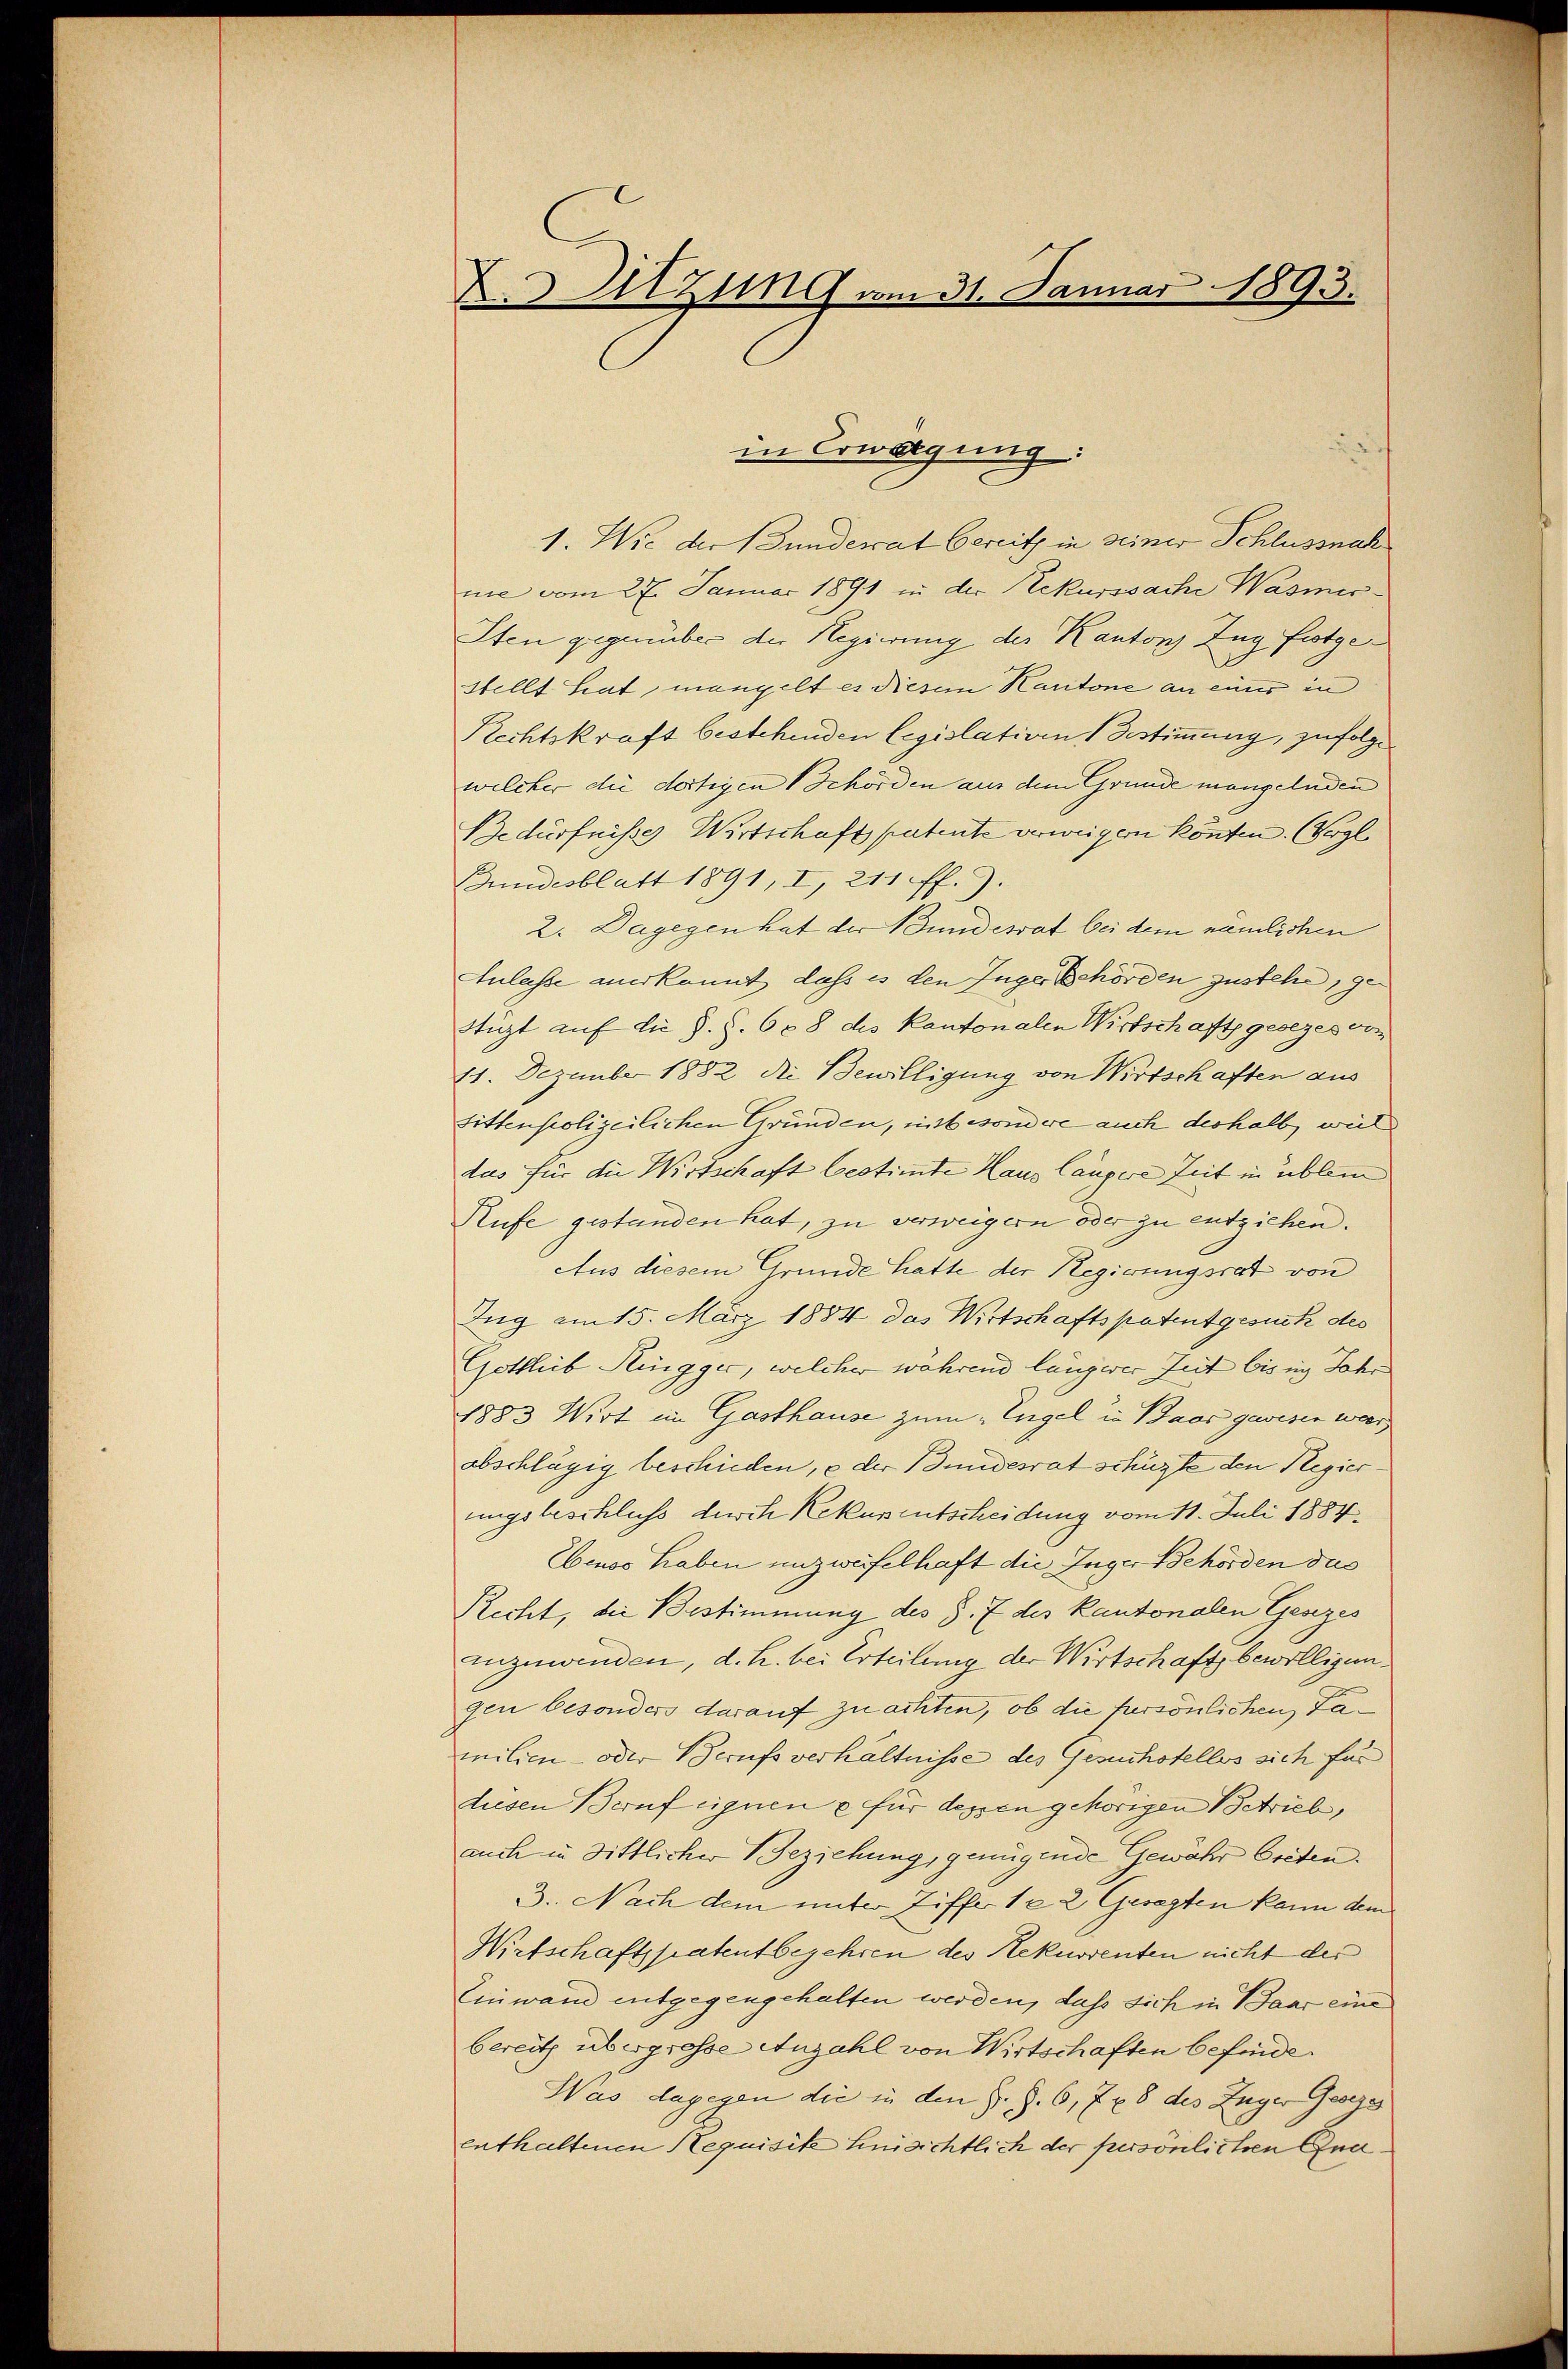
A. Sitzung vom 31. Januar 1893.

1. Wie der Bunderat bereits in seiner Schlussnah
nie vom 27. Januar 1891 in der Rekurssache Wasmis¬
Iten gegenüber der Regierung des Kantons Zug festge
stellt hat, mangelt es diesem Kantone an einer in
Rechtskraft bestehenden legislativen Bestimmung, zufolge
welcher die dortigen Behörden aus dem Grunde mangelnden
Bedürfnisses Wirtschaft patente verweigen könten. (Vergl
Bundesblatt 1891, I, 211 ff.).
2. Dagegen hat der Bundesrat bei dem nämlichen
Anlasse anerkannt, dass es den Inger Behörden zustehe, ge-
Stüzt auf die S. S. 608 des Kantonalen Wirtschaft gesezes von
11. Dezember 1882 die Bewilligung von Wirtschaften aus
tittenpolizeilichen Gründen, unbesondere auch deshalb, weil
das für die Wirtschaft bestimmte Haus Caupere Zeit in üblem
Rufe gestanden hat, zu verweigern oder zu entziehen.
Aus diesem Grunde hatte der Regierungsrat von
Zug am 15. März 1884 das Wirtschaftspatentgesuch des
Gottlieb Ringger, welcher während längerer Zeit bis in Jahr
1883 Wirt im Gasthause zum Engel in Baar gewesen wer
abschlägig beschieden, e der Bundesrat schüzte den Plegierungsbeschluss durch Rekursentscheidung vom 11. Juli 1884,
Ebenso haben unzweifelhaft die Inger Behörden das
Recht, die Bestimmung des §. 7 des Kantonalen Gesezes
anzuwenden, d. h. bei Erteilung der Wirtschaft bewilligen.
gen besonders darauf zu achten, ob die persönlichen Familien- oder Berufsverhältnisse des Gesuchstelles sich für
diesen Beruf eignen e für dessen gehörigen Betrieb,
auch in Sittlicher Beziehung, genügende Gewähr Greten.
3. Nach dem unter Ziffer 1 e 2 Gesezten kann dem
Wirtschaftspatent begehren des Rekurrenten nicht der
Einwand entgegengehalten werden, dass sich in Baar eine
bereits übergrosse Anzahl von Wirtschaften befinde.
Was dagegen die in den J. Z. 6, 7 x 8 des Zuger Gese
enthaltenen Requisite hinsichtlich der persönlichen Gna¬

in Erwägung: